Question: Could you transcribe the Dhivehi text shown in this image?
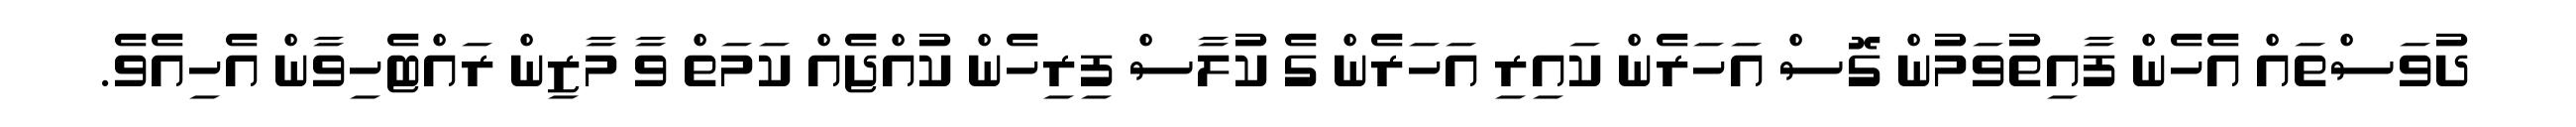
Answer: ދުވަސްތައް އެހެން ފާއިތުވަމުން ގޮސް އަހަރެން ކައިރި އަހަރެން ގެ ކުލާސް ފިރިހެން ކުއްޖެއް ކަމަތް ވާ މާޒިން ރައްޓެހިވާން އެހިއެވެ.